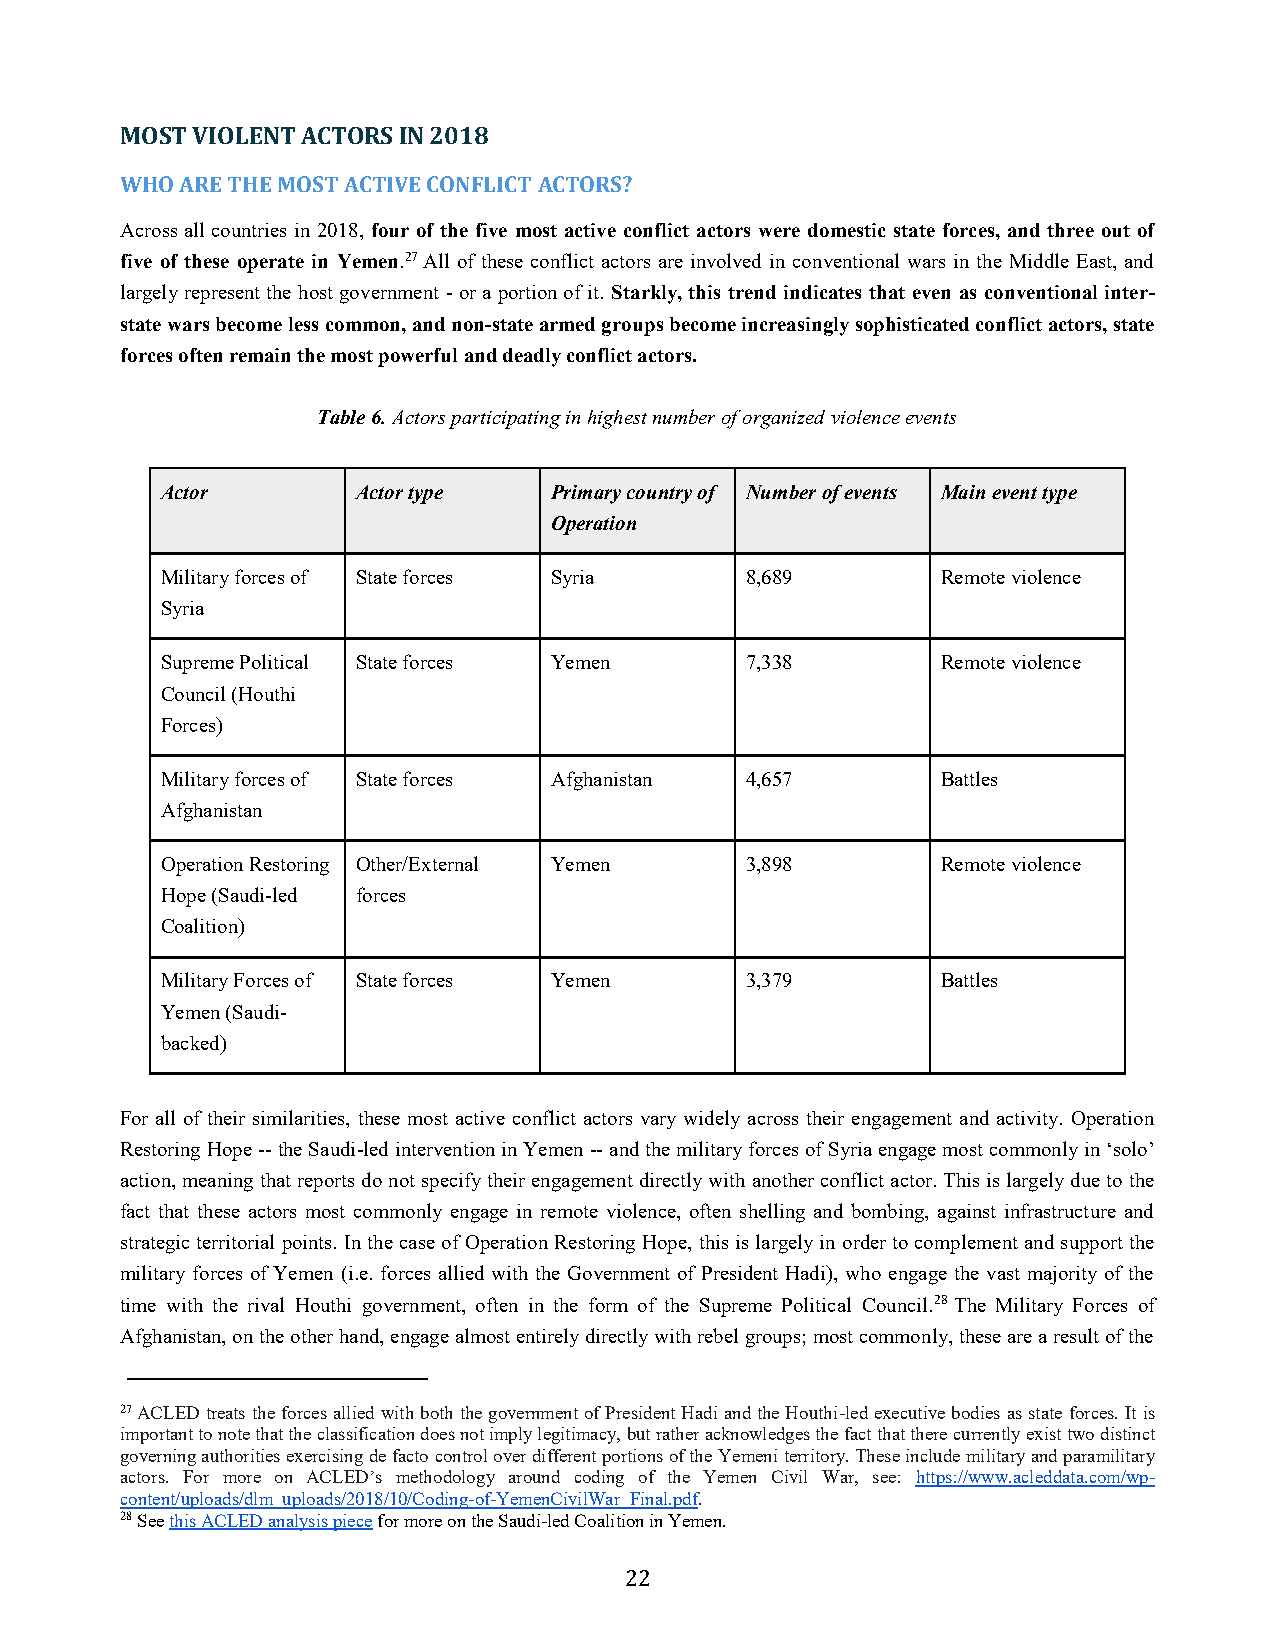
MOST VIOLENT ACTORS IN 2018
 WHO ARE THE MOST ACTIVE CONFLICT ACTORS?
 Across all countries in 2018, four of the five most active conflict actors were domestic state forces, and three out of
 five of these operate in Yemen.27 All of these conflict actors are involved in conventional wars in the Middle East, and
 largely represent the host government - or a portion of it. Starkly, this trend indicates that even as conventional inter-
 state wars become less common, and non-state armed groups become increasingly sophisticated conflict actors, state
 forces often remain the most powerful and deadly conflict actors.
 Table 6. Actors participating in highest number of organized violence events
 Actor        Actor type  Primary country of Number of events Main event type
 Operation
 Military forces of State forces Syria 8,689        Remote violence
 Syria
 Supreme Political State forces Yemen  7,338        Remote violence
 Council (Houthi
 Forces)
 Military forces of State forces Afghanistan 4,657  Battles
 Afghanistan
 Operation Restoring Other/External Yemen 3,898     Remote violence
 Hope (Saudi-led forces
 Coalition)
 Military Forces of State forces Yemen 3,379        Battles
 Yemen (Saudi-
 backed)
 For all of their similarities, these most active conflict actors vary widely across their engagement and activity. Operation
 Restoring Hope -- the Saudi-led intervention in Yemen -- and the military forces of Syria engage most commonly in ‘solo’
 action, meaning that reports do not specify their engagement directly with another conflict actor. This is largely due to the
 fact that these actors most commonly engage in remote violence, often shelling and bombing, against infrastructure and
 strategic territorial points. In the case of Operation Restoring Hope, this is largely in order to complement and support the
 military forces of Yemen (i.e. forces allied with the Government of President Hadi), who engage the vast majority of the
 time with the rival Houthi government, often in the form of the Supreme Political Council.28 The Military Forces of
 Afghanistan, on the other hand, engage almost entirely directly with rebel groups; most commonly, these are a result of the
 27 ACLED treats the forces allied with both the government of President Hadi and the Houthi-led executive bodies as state forces. It is
 important to note that the classification does not imply legitimacy, but rather acknowledges the fact that there currently exist two distinct
 governing authorities exercising de facto control over different portions of the Yemeni territory. These include military and paramilitary
 actors. For more on ACLED’s methodology around coding of the Yemen Civil War, see: https://www.acleddata.com/wp-
 content/uploads/dlm_uploads/2018/10/Coding-of-YemenCivilWar_Final.pdf.
 28 See this ACLED analysis piece for more on the Saudi-led Coalition in Yemen.
 22